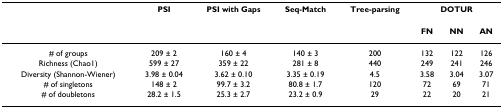
<table><thead><tr><td></td><td><b>PSI</b></td><td><b>PSI with Gaps</b></td><td><b>Seq-Match</b></td><td><b>Tree-parsing</b></td><td colspan="3"><b>DOTUR</b></td></tr><tr><td></td><td></td><td></td><td></td><td></td><td><b>FN</b></td><td><b>NN</b></td><td><b>AN</b></td></tr></thead><tbody><tr><td># of groups</td><td>209 ± 2</td><td>160 ± 4</td><td>140 ± 3</td><td>200</td><td>132</td><td>122</td><td>126</td></tr><tr><td>Richness (Chao1)</td><td>599 ± 27</td><td>359 ± 22</td><td>281 ± 8</td><td>440</td><td>249</td><td>241</td><td>246</td></tr><tr><td>Diversity (Shannon-Wiener)</td><td>3.98 ± 0.04</td><td>3.62 ± 0.10</td><td>3.35 ± 0.19</td><td>4.5</td><td>3.58</td><td>3.04</td><td>3.07</td></tr><tr><td># of singletons</td><td>148 ± 2</td><td>99.7 ± 3.2</td><td>80.8 ± 1.7</td><td>120</td><td>72</td><td>69</td><td>71</td></tr><tr><td># of doubletons</td><td>28.2 ± 1.5</td><td>25.3 ± 2.7</td><td>23.2 ± 0.9</td><td>29</td><td>22</td><td>20</td><td>21</td></tr></tbody></table>